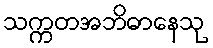
သက္ကတအဘိဓာနေသု